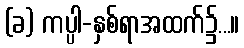
(ခ) ကပ္ပါ-နှစ်ရာအထက်၌...။